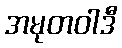
အမုတဝါဒီ